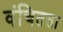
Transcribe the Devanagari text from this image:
वंचितता